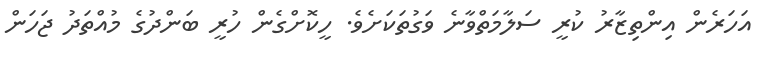
އަހަރެން އިންތިޒާރު ކުރީ ސަލާމަތްވާނެ ވަގުތަކަށެވެ. ހީކޮށްގެން ހުރީ ބަންދުގެ މުއްތަދު ޖަހަން